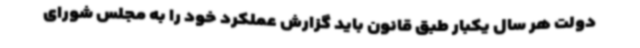
دولت هر سال یکبار طبق قانون باید گزارش عملکرد خود را به مجلس شورای